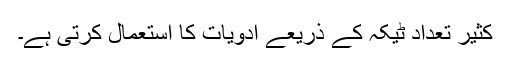
کثیر تعداد ٹیکہ کے ذریعے ادویات کا استعمال کرتی ہے۔